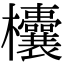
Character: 欜